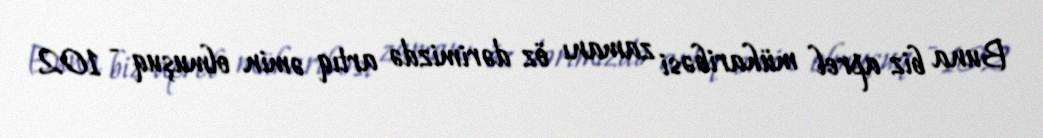
Buna biz aprel müharibəsi zamanı öz dərimizdə artıq əmin olmuşuq - 102